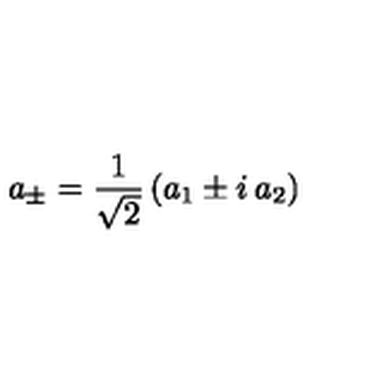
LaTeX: a _ { \pm } = { \frac { 1 } { \sqrt 2 } } \left( a _ { 1 } \pm i \: a _ { 2 } \right)